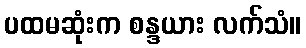
ပထမဆုံးက စန္ဒယား လက်သံ။